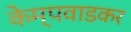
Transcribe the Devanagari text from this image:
केम्पवाडकर